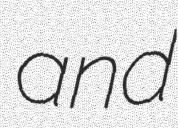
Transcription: and